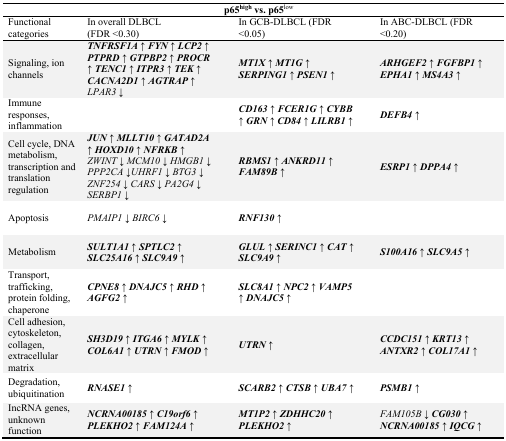
| <COLSPAN=4> p65high vs. p65low |
 | Functional categories | In overall DLBCL(FDR <0.30) | In GCB-DLBCL (FDR <0.05) | In ABC-DLBCL (FDR <0.20) |
 | --- | --- | --- | --- |
 | Signaling, ion channels | TNFRSF1A ↑ FYN ↑ LCP2 ↑ PTPRD ↑ GTPBP2 ↑ PROCR ↑ TENC1 ↑ ITPR3 ↑ TEK ↑ CACNA2D1 ↑ AGTRAP ↑LPAR3 ↓ | MT1X ↑ MT1G ↑ SERPING1 ↑ PSEN1 ↑ | ARHGEF2 ↑ FGFBP1 ↑ EPHA1 ↑ MS4A3 ↑ |
 | Immune responses, inflammation |  | CD163 ↑ FCER1G ↑ CYBB ↑ GRN ↑ CD84 ↑ LILRB1 ↑ | DEFB4 ↑ |
 | Cell cycle, DNA metabolism, transcription and translation regulation | JUN ↑ MLLT10 ↑ GATAD2A ↑ HOXD10 ↑ NFRKB ↑ZWINT ↓ MCM10 ↓ HMGB1 ↓ PPP2CA ↓UHRF1 ↓ BTG3 ↓ ZNF254 ↓ CARS ↓ PA2G4 ↓ SERBP1 ↓ | RBMS1 ↑ ANKRD11 ↑ FAM89B ↑ | ESRP1 ↑ DPPA4 ↑ |
 | Apoptosis | PMAIP1 ↓ BIRC6 ↓ | RNF130 ↑ |  |
 | Metabolism | SULT1A1 ↑ SPTLC2 ↑ SLC25A16 ↑ SLC9A9 ↑ | GLUL ↑ SERINC1 ↑ CAT ↑ SLC9A9 ↑ | S100A16 ↑ SLC9A5 ↑ |
 | Transport, trafficking, protein folding, chaperone | CPNE8 ↑ DNAJC5 ↑ RHD ↑ AGFG2 ↑ | SLC8A1 ↑ NPC2 ↑ VAMP5 ↑ DNAJC5 ↑ |  |
 | Cell adhesion, cytoskeleton, collagen, extracellular matrix | SH3D19 ↑ ITGA6 ↑ MYLK ↑ COL6A1 ↑ UTRN ↑ FMOD ↑ | UTRN ↑ | CCDC151 ↑ KRT13 ↑ ANTXR2 ↑ COL17A1 ↑ |
 | Degradation, ubiquitination | RNASE1 ↑ | SCARB2 ↑ CTSB ↑ UBA7 ↑ | PSMB1 ↑ |
 | IncRNA genes, unknown function | NCRNA00185 ↑ C19orf6 ↑ PLEKHO2 ↑ FAM124A ↑ | MT1P2 ↑ ZDHHC20 ↑ PLEKHO2 ↑ | FAM105B ↓CG030 ↑ NCRNA00185 ↑ IQCG ↑ |